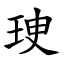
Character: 㻀